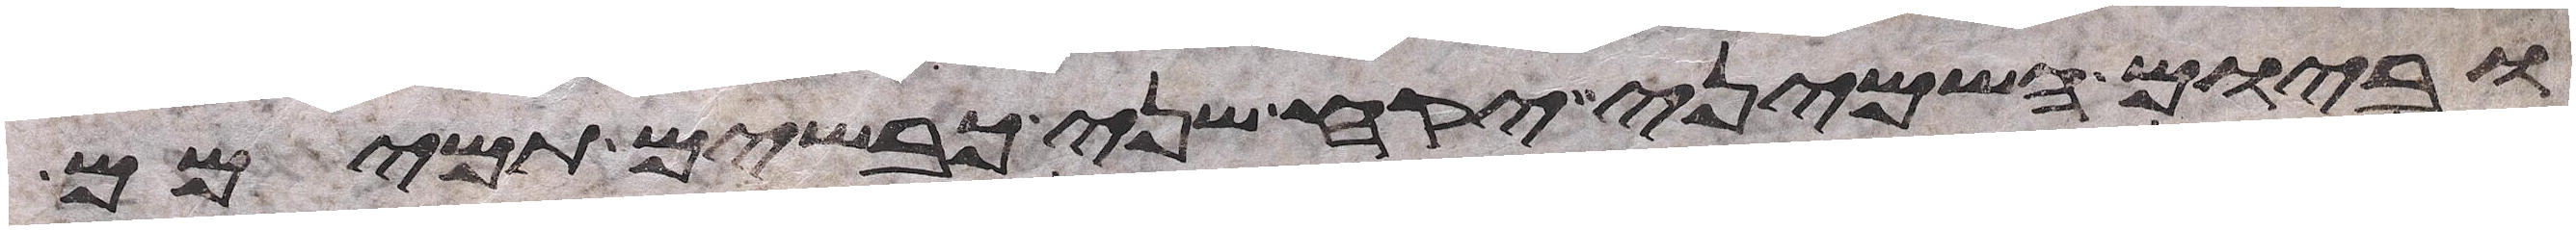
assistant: וביום השמיני יקח שני כבשים תמימם